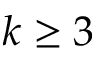
k \ge 3